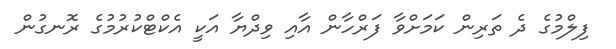
ފިލްމުގެ ދެ ތަރިން ކަމަށްވާ ފަރްހާން އާއި ވިދްޔާ އަކީ އެކްޓްކުރުމުގެ ރޮނގުން